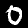
Label: 0